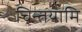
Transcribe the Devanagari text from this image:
चिन्तयामि